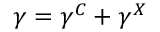
\gamma = \gamma ^ { C } + \gamma ^ { X }